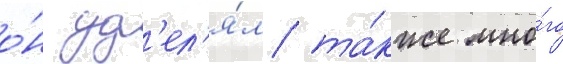
о́н уд'ел'я́л та́кже мно́го